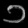
Digit: ၁